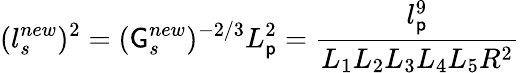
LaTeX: (l_{s}^{new})^{2}=(\mathsf{G}_{s}^{new})^{-2/3}L_{\mathsf{p}}^{2}=\frac{{l_{\mathsf{p}}^{9}}}{{L_{1}L_{2}L_{3}L_{4}L_{5}R^{2}}}